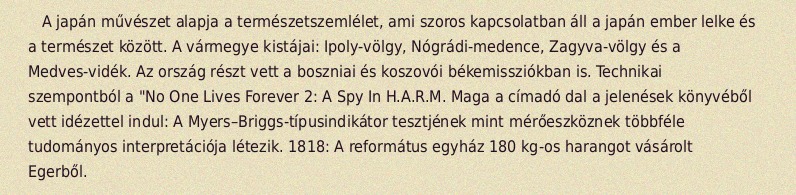
A japán művészet alapja a természetszemlélet, ami szoros kapcsolatban áll a japán ember lelke és a természet között. A vármegye kistájai: Ipoly-völgy, Nógrádi-medence, Zagyva-völgy és a Medves-vidék. Az ország részt vett a boszniai és koszovói békemissziókban is. Technikai szempontból a "No One Lives Forever 2: A Spy In H.A.R.M. Maga a címadó dal a jelenések könyvéből vett idézettel indul: A Myers–Briggs-típusindikátor tesztjének mint mérőeszköznek többféle tudományos interpretációja létezik. 1818: A református egyház 180 kg-os harangot vásárolt Egerből.